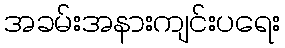
အခမ်းအနားကျင်းပရေး